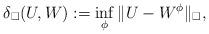
LaTeX: \begin{align*}\delta_{\square} (U,W) := \inf_{\phi} \|U - W^{\phi}\|_{\square},\end{align*}